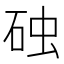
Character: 𪿛